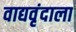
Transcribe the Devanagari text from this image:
वाद्यवृंदाला